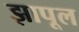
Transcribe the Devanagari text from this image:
झापूल